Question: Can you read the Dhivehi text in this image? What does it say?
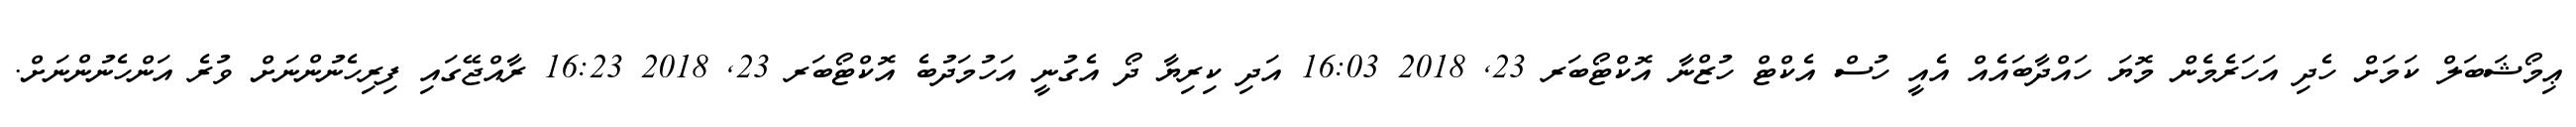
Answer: ޢިމޯޝަބަލް ކަމަށް ހެދި އަހަރެމެން މޮޔަ ހައްދާބައެއް އެއީ ހުސް އެކްޓް ހުޒްނާ އޮކްޓޯބަރ 23, 2018 16:03 އަދި ކިރިޔާ ދޯ އެގުނީ އަހުމަދުބެ އޮކްޓޯބަރ 23, 2018 16:23 ރާއްޖޭގައި ފިރިހެނުންނަށް ވުރެ އަންހެނުންނަށް.